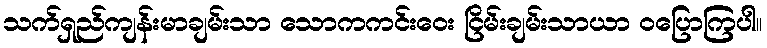
သက်ရှည်ကျန်းမာချမ်းသာ သောကကင်းဝေး ငြိမ်းချမ်းသာယာ ဝပြောကြပါ။